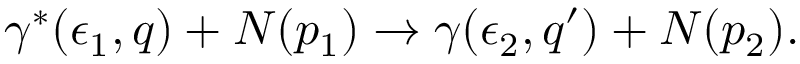
\gamma ^ { * } ( \epsilon _ { 1 } , q ) + N ( p _ { 1 } ) \rightarrow \gamma ( \epsilon _ { 2 } , q ^ { \prime } ) + N ( p _ { 2 } ) .